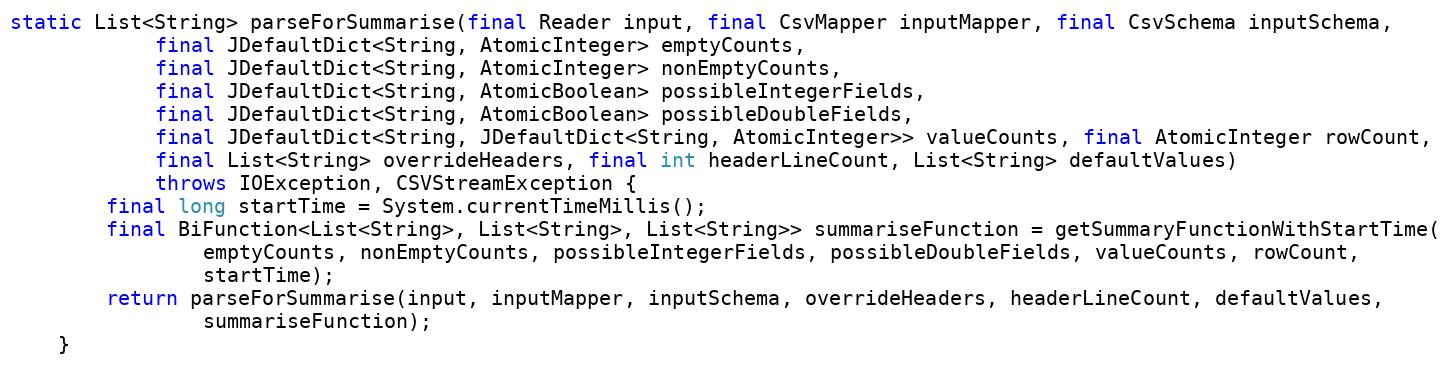
Language: Java
static List<String> parseForSummarise(final Reader input, final CsvMapper inputMapper, final CsvSchema inputSchema,
			final JDefaultDict<String, AtomicInteger> emptyCounts,
			final JDefaultDict<String, AtomicInteger> nonEmptyCounts,
			final JDefaultDict<String, AtomicBoolean> possibleIntegerFields,
			final JDefaultDict<String, AtomicBoolean> possibleDoubleFields,
			final JDefaultDict<String, JDefaultDict<String, AtomicInteger>> valueCounts, final AtomicInteger rowCount,
			final List<String> overrideHeaders, final int headerLineCount, List<String> defaultValues)
			throws IOException, CSVStreamException {
		final long startTime = System.currentTimeMillis();
		final BiFunction<List<String>, List<String>, List<String>> summariseFunction = getSummaryFunctionWithStartTime(
				emptyCounts, nonEmptyCounts, possibleIntegerFields, possibleDoubleFields, valueCounts, rowCount,
				startTime);
		return parseForSummarise(input, inputMapper, inputSchema, overrideHeaders, headerLineCount, defaultValues,
				summariseFunction);
	}